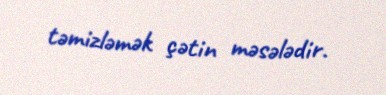
təmizləmək çətin məsələdir.